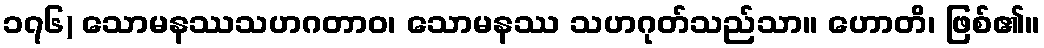
၁၇၆) သောမနဿသဟဂတာဝ၊ သောမနဿ သဟဂုတ်သည်သာ။ ဟောတိ၊ ဖြစ်၏။